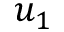
u _ { 1 }